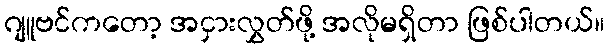
ဂျူဗင်ကတော့ အငှားလွှတ်ဖို့ အလိုမရှိတာ ဖြစ်ပါတယ်။